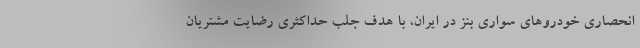
انحصاری خودروهای سواری بنز در ایران، با هدف جلب حداکثری رضایت مشتریان